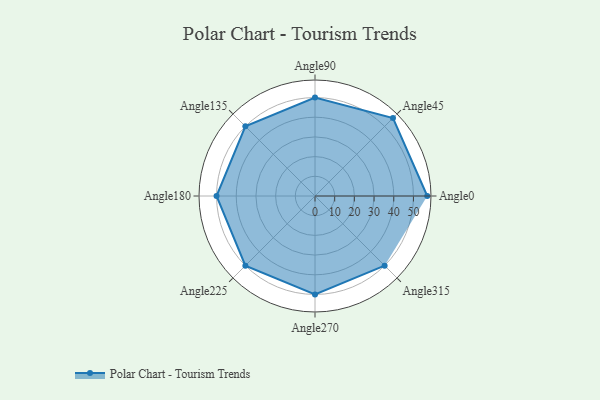
{"axis": {"x": "Angle", "y": "Radius"}, "legend": [""], "data": [{"x": "Angle0", "y": 57.0, "type": ""}, {"x": "Angle45", "y": 56.0, "type": ""}, {"x": "Angle90", "y": 50.0, "type": ""}, {"x": "Angle135", "y": 50.0, "type": ""}, {"x": "Angle180", "y": 50, "type": ""}, {"x": "Angle225", "y": 50, "type": ""}, {"x": "Angle270", "y": 50, "type": ""}, {"x": "Angle315", "y": 50, "type": ""}]}